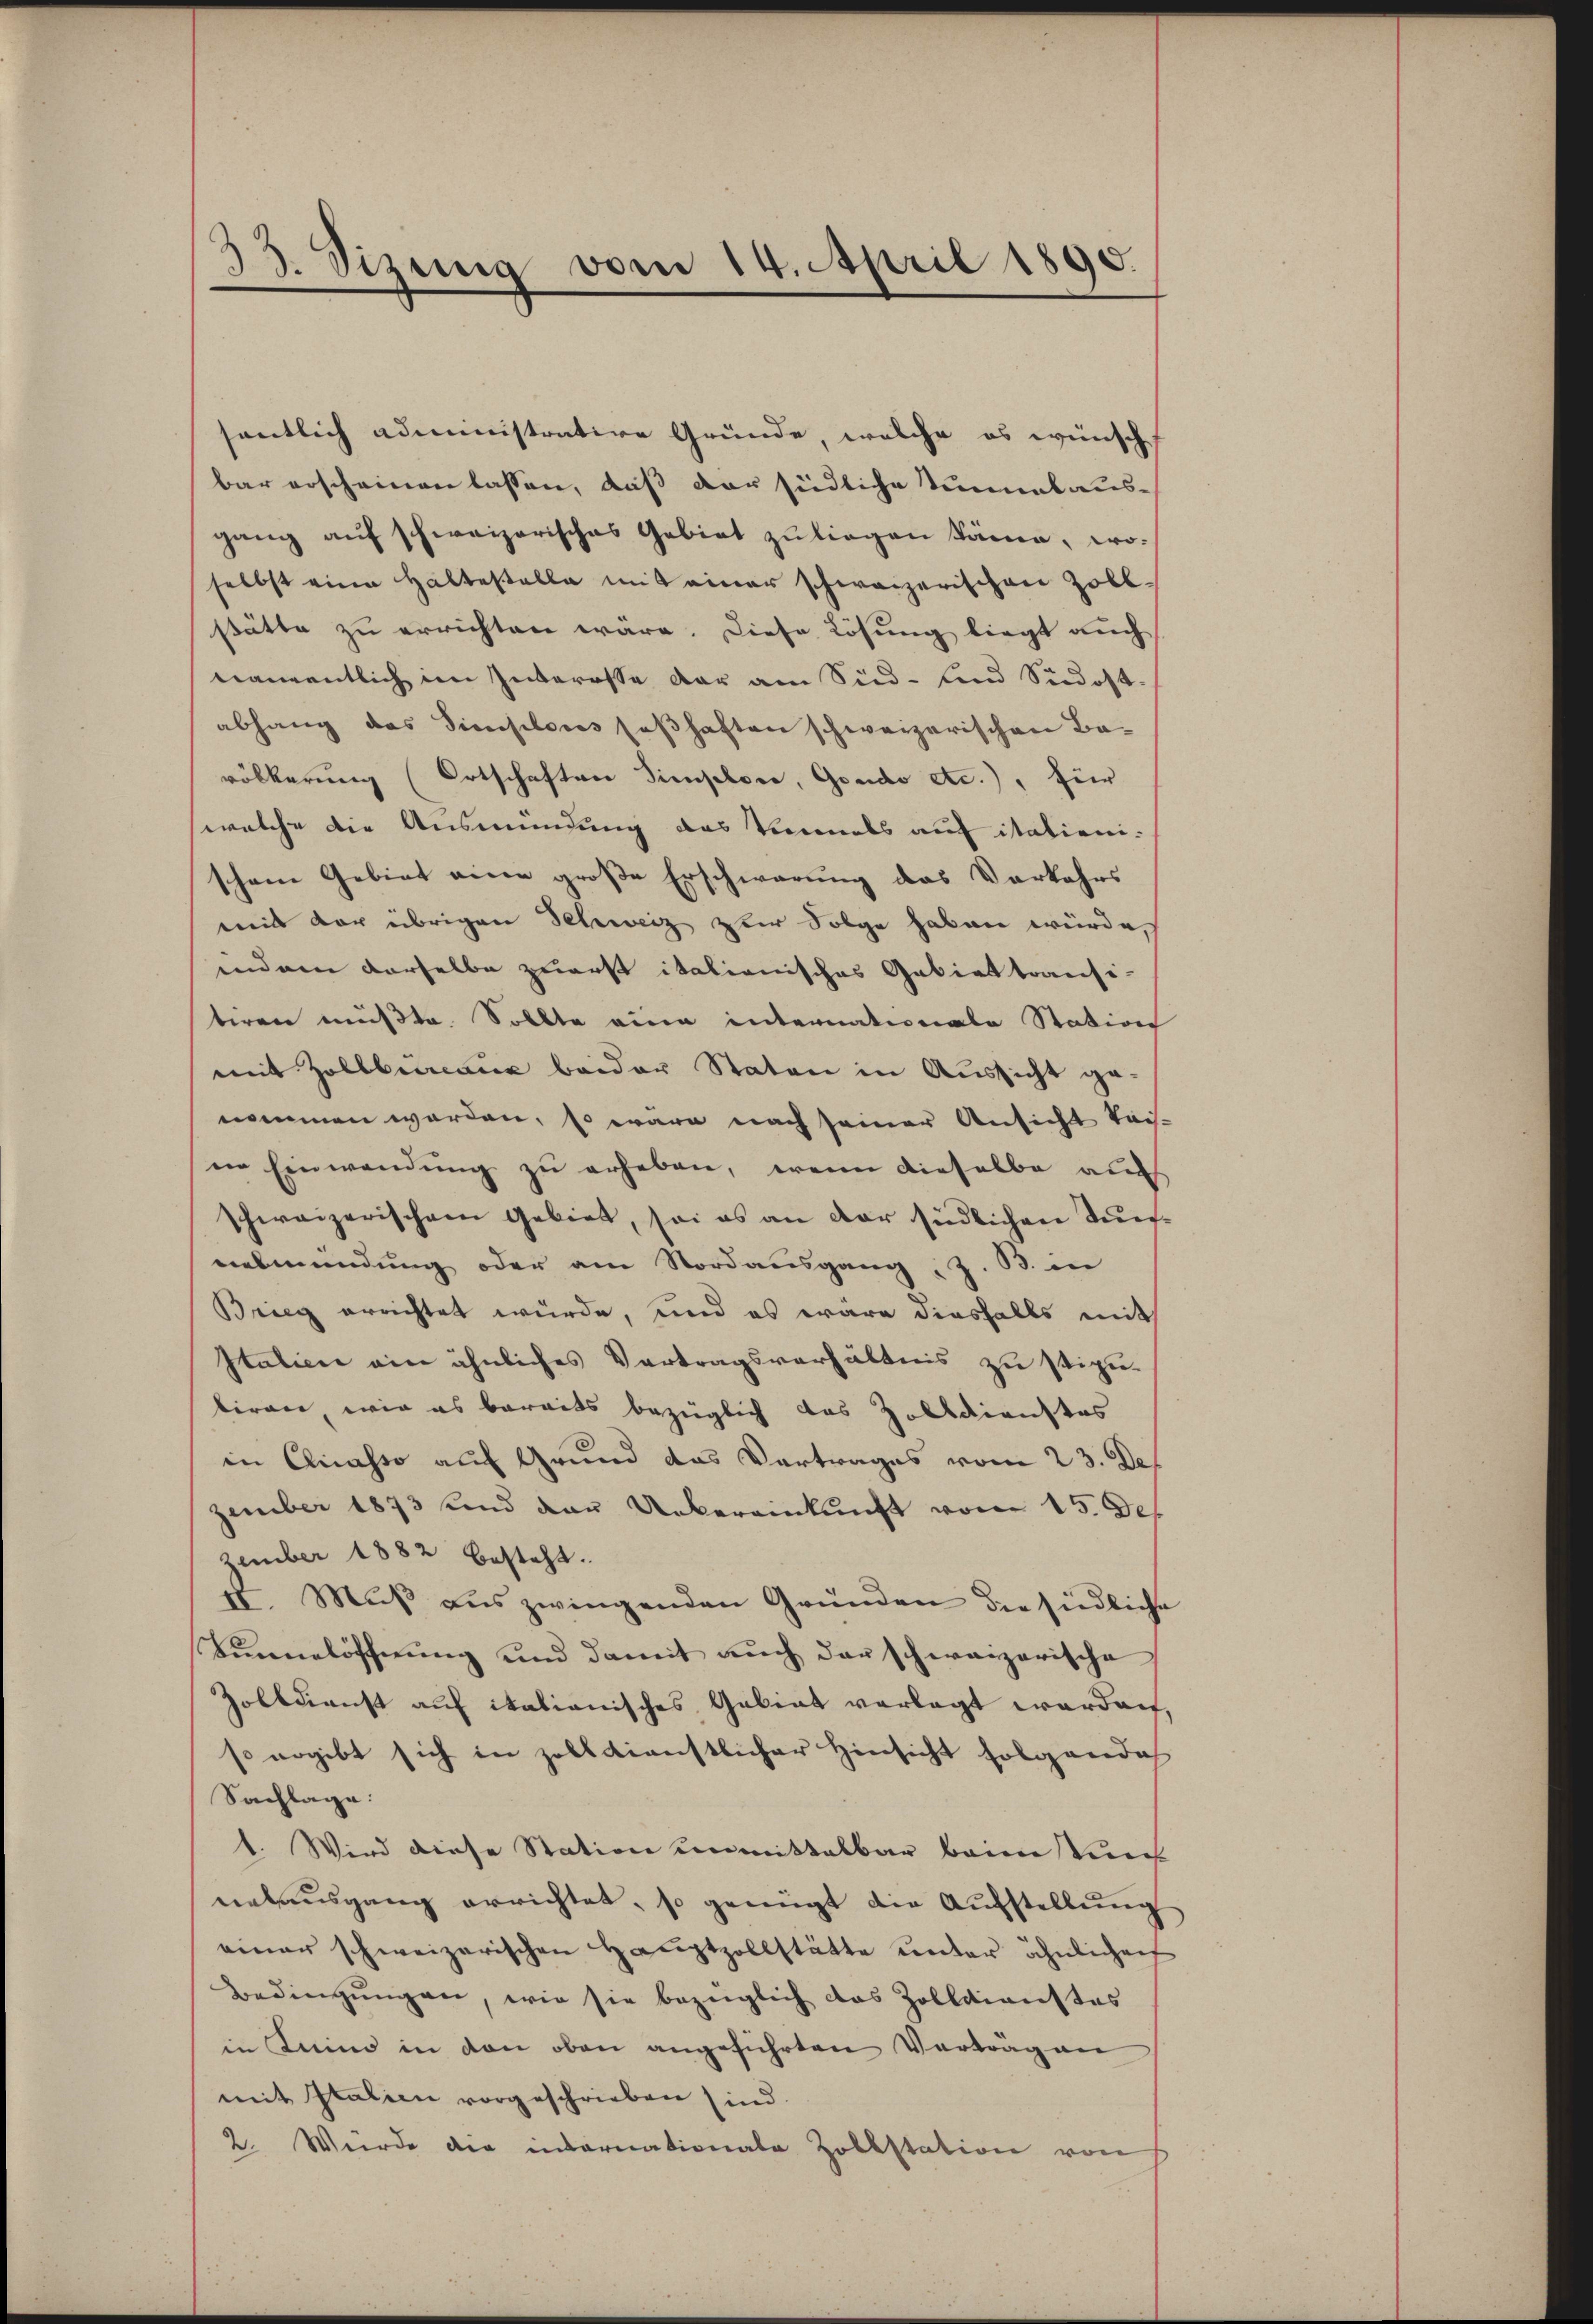
33. Sizung vom 14. April 1890.

sentlich administrative Gründe, welche es wünsch
bar erscheinen lassen, daß der südliche Sinalausgang auf schweizerisches Gebiet zu liegen käme, wo-
selbst eine Haltestelle mit einer schweizerischen Zollstätte zu errichten wäre. Diese Lösung liegt auch
namentlich im Interesse der am Sind- und Südostabhang das Simositores seßhaften schweizerischen Bavölkerung (Ortschaften Simploie, Gondo etc.), für
welche die Ausmündung das Vermals auf itationischöne Gebiet eine große Erschwerung das Verkehrs
mit der übrigen Schweiz zur Folge haben würde,
inden derselbe zuerst italienisches Gebiet transi-
tiren müßte. Sollte eine internationale Station
mit Zollberaus beider Staten in Aussicht genommen werden, so wäre nach seiner Ansicht tei-
in Einwendung zu erheben, wenn dieselbe auc
schweizerischem Gebiet, sei es an der südlichen Tunnebmündung oder am Nordausgang, z. B. in
Brieg errichtet würde, und es wäre diesfalls mit
Italien ein ähnliches Vertragsverhältnis zu stiputiren wir es bereits bezüglich das Zolldienstes
in Cliasso auf Grund das Vertrages vom 23. Dep
zember 1873 und der Uebereinkunft vom 15. De
zember 1882 besteht.
2t. Muß aus zwingenden Gründen die sindliche
Tunnelöffnung und damit auch der schweizerische
Zolldienst auf italianisches Gebiet vorlegt worden,
so ergibt sich in zolldienstlicher Hinsicht folgendoch
Sachlage:
1. Wird diese Station unmittelbar beim Viech
nehaŭsgang errichtet, so genügt die Aŭfstellŭng
einer schweizerischen Haŭptzollstätte unter ähnlichen
Bedingŭngen, wie sie bezüglich das Zolldienstes
in Kino in den oben angeführten Verträgen
mit Italien vorgeschrieben sind.
2. Wurde die infornationale Zollstation von